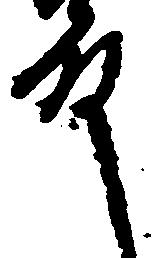
殿